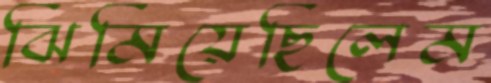
ঝিমিয়েছিলেম